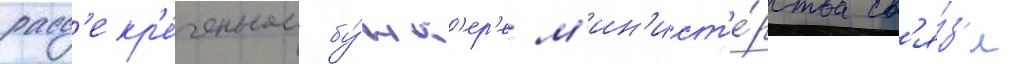
расс'екр'е́ченном бу́нк'ер'е м'ин'ист'е́рства св'я́з'и